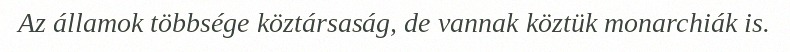
Az államok többsége köztársaság, de vannak köztük monarchiák is.